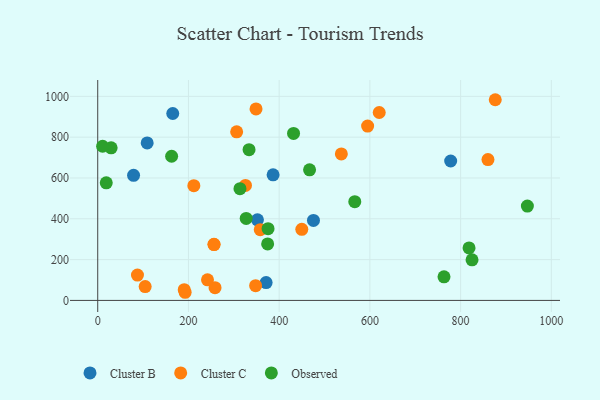
{"axis": {"x": "Study Hours", "y": "Exam Score"}, "legend": ["Cluster B", "Cluster C", "Observed"], "data": [{"x": "352.1", "y": 395.1, "type": "Cluster B"}, {"x": "386.6", "y": 615.6, "type": "Cluster B"}, {"x": "778.1", "y": 683.1, "type": "Cluster B"}, {"x": "79.0", "y": 613.1, "type": "Cluster B"}, {"x": "109.0", "y": 771.6, "type": "Cluster B"}, {"x": "475.6", "y": 392.2, "type": "Cluster B"}, {"x": "371.2", "y": 87.3, "type": "Cluster B"}, {"x": "165.4", "y": 916.0, "type": "Cluster B"}, {"x": "258.6", "y": 62.4, "type": "Cluster C"}, {"x": "242.0", "y": 101.1, "type": "Cluster C"}, {"x": "211.9", "y": 562.4, "type": "Cluster C"}, {"x": "306.3", "y": 826.4, "type": "Cluster C"}, {"x": "620.6", "y": 921.0, "type": "Cluster C"}, {"x": "876.4", "y": 983.5, "type": "Cluster C"}, {"x": "348.1", "y": 72.1, "type": "Cluster C"}, {"x": "537.1", "y": 718.0, "type": "Cluster C"}, {"x": "325.7", "y": 563.3, "type": "Cluster C"}, {"x": "595.0", "y": 854.3, "type": "Cluster C"}, {"x": "358.3", "y": 346.9, "type": "Cluster C"}, {"x": "449.9", "y": 348.2, "type": "Cluster C"}, {"x": "192.7", "y": 39.9, "type": "Cluster C"}, {"x": "104.6", "y": 67.8, "type": "Cluster C"}, {"x": "190.7", "y": 52.5, "type": "Cluster C"}, {"x": "87.6", "y": 124.1, "type": "Cluster C"}, {"x": "256.5", "y": 273.5, "type": "Cluster C"}, {"x": "256.3", "y": 274.9, "type": "Cluster C"}, {"x": "860.3", "y": 690.4, "type": "Cluster C"}, {"x": "349.0", "y": 938.6, "type": "Cluster C"}, {"x": "29.6", "y": 748.0, "type": "Observed"}, {"x": "947.2", "y": 462.5, "type": "Observed"}, {"x": "374.6", "y": 276.7, "type": "Observed"}, {"x": "313.6", "y": 547.8, "type": "Observed"}, {"x": "10.8", "y": 755.4, "type": "Observed"}, {"x": "467.0", "y": 640.1, "type": "Observed"}, {"x": "327.3", "y": 401.7, "type": "Observed"}, {"x": "375.5", "y": 351.4, "type": "Observed"}, {"x": "333.6", "y": 738.9, "type": "Observed"}, {"x": "162.9", "y": 706.6, "type": "Observed"}, {"x": "825.2", "y": 198.9, "type": "Observed"}, {"x": "763.4", "y": 115.8, "type": "Observed"}, {"x": "431.7", "y": 818.2, "type": "Observed"}, {"x": "566.7", "y": 484.0, "type": "Observed"}, {"x": "818.6", "y": 257.4, "type": "Observed"}, {"x": "18.8", "y": 576.2, "type": "Observed"}]}